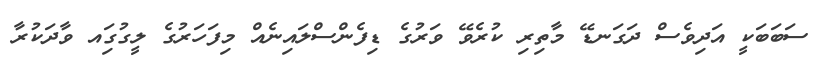
ސަބަބަކީ އަދިވެސް ދަގަނޑޭ މާތިރި ކުރެވޭ ވަރުގެ ޑިފެންސްލައިނެއް މިފަހަރުގެ ލީގުގަިއ ވާދަކުރާ